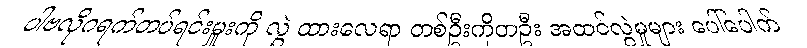
ပါဗလိုဂရက်တပ်ရင်းမှူးကို လွှဲ ထားလေရာ တစ်ဦးကိုတဦး အထင်လွဲမှုများ ပေါ်ပေါက်